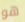
هو